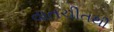
વાતચીતથી